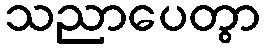
သညာပေတွာ